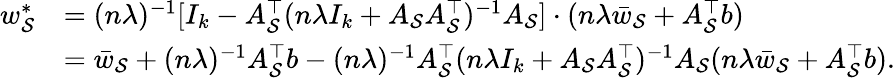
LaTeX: \begin{array}{rl}{w_{\mathcal{S}}^{*}}&{=(n\lambda)^{-1}[I_{k}-A_{\mathcal{S}}^{\top}(n\lambda I_{k}+A_{\mathcal{S}}A_{\mathcal{S}}^{\top})^{-1}A_{\mathcal{S}}]\cdot(n\lambda\bar{w}_{\mathcal{S}}+A_{\mathcal{S}}^{\top}b)}\\ &{=\bar{w}_{\mathcal{S}}+(n\lambda)^{-1}A_{\mathcal{S}}^{\top}b-(n\lambda)^{-1}A_{\mathcal{S}}^{\top}(n\lambda I_{k}+A_{\mathcal{S}}A_{\mathcal{S}}^{\top})^{-1}A_{\mathcal{S}}(n\lambda\bar{w}_{\mathcal{S}}+A_{\mathcal{S}}^{\top}b).}\end{array}